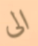
الى